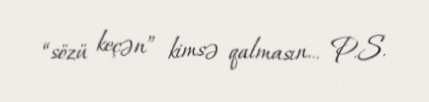
“sözü keçən” kimsə qalmasın... P.S.